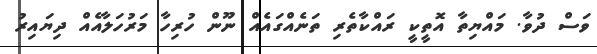
ވަސް ދުވާ. މައްޔިތާ އޮތީީކީ ރައްކާތެރި ތަނެއްގައެއް ނޫން ހުރިހާ މަރުހަލާއެއް ދިޔައިރު